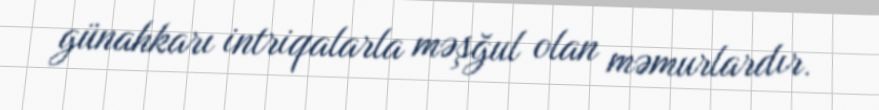
günahkarı intriqalarla məşğul olan məmurlardır.